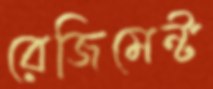
রেজিমেন্ট